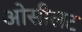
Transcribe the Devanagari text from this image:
ओसीलट